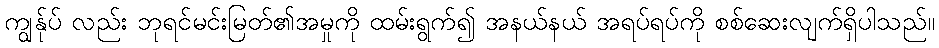
ကျွန်ုပ် လည်း ဘုရင်မင်းမြတ်၏အမှုကို ထမ်းရွက်၍ အနယ်နယ် အရပ်ရပ်ကို စစ်ဆေးလျက်ရှိပါသည်။